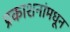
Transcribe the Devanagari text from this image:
प्रकाशनांमधून